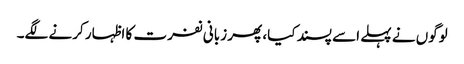
لوگوں نے پہلے اسے پسند کیا، پھر زبانی نفرت کا اظہار کرنے لگے۔